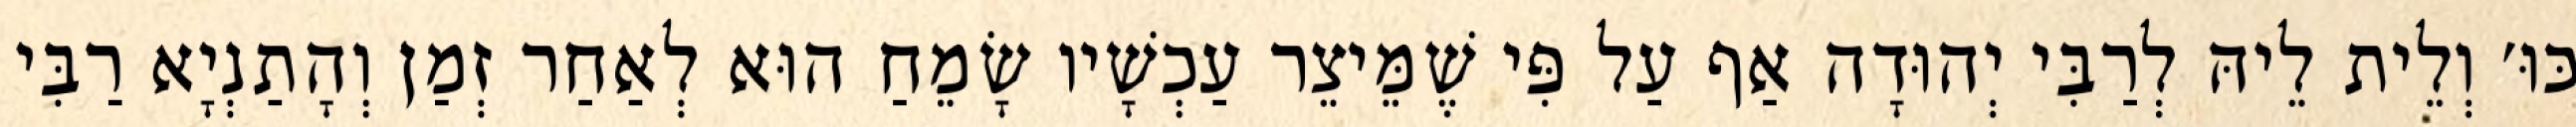
כּוּ׳ וְלֵית לֵיהּ לְרַבִּי יְהוּדָה אַף עַל פִּי שֶׁמֵּיצֵר עַכְשָׁיו שָׂמֵחַ הוּא לְאַחַר זְמַן וְהָתַנְיָא רַבִּי